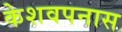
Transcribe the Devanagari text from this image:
केशवपनास